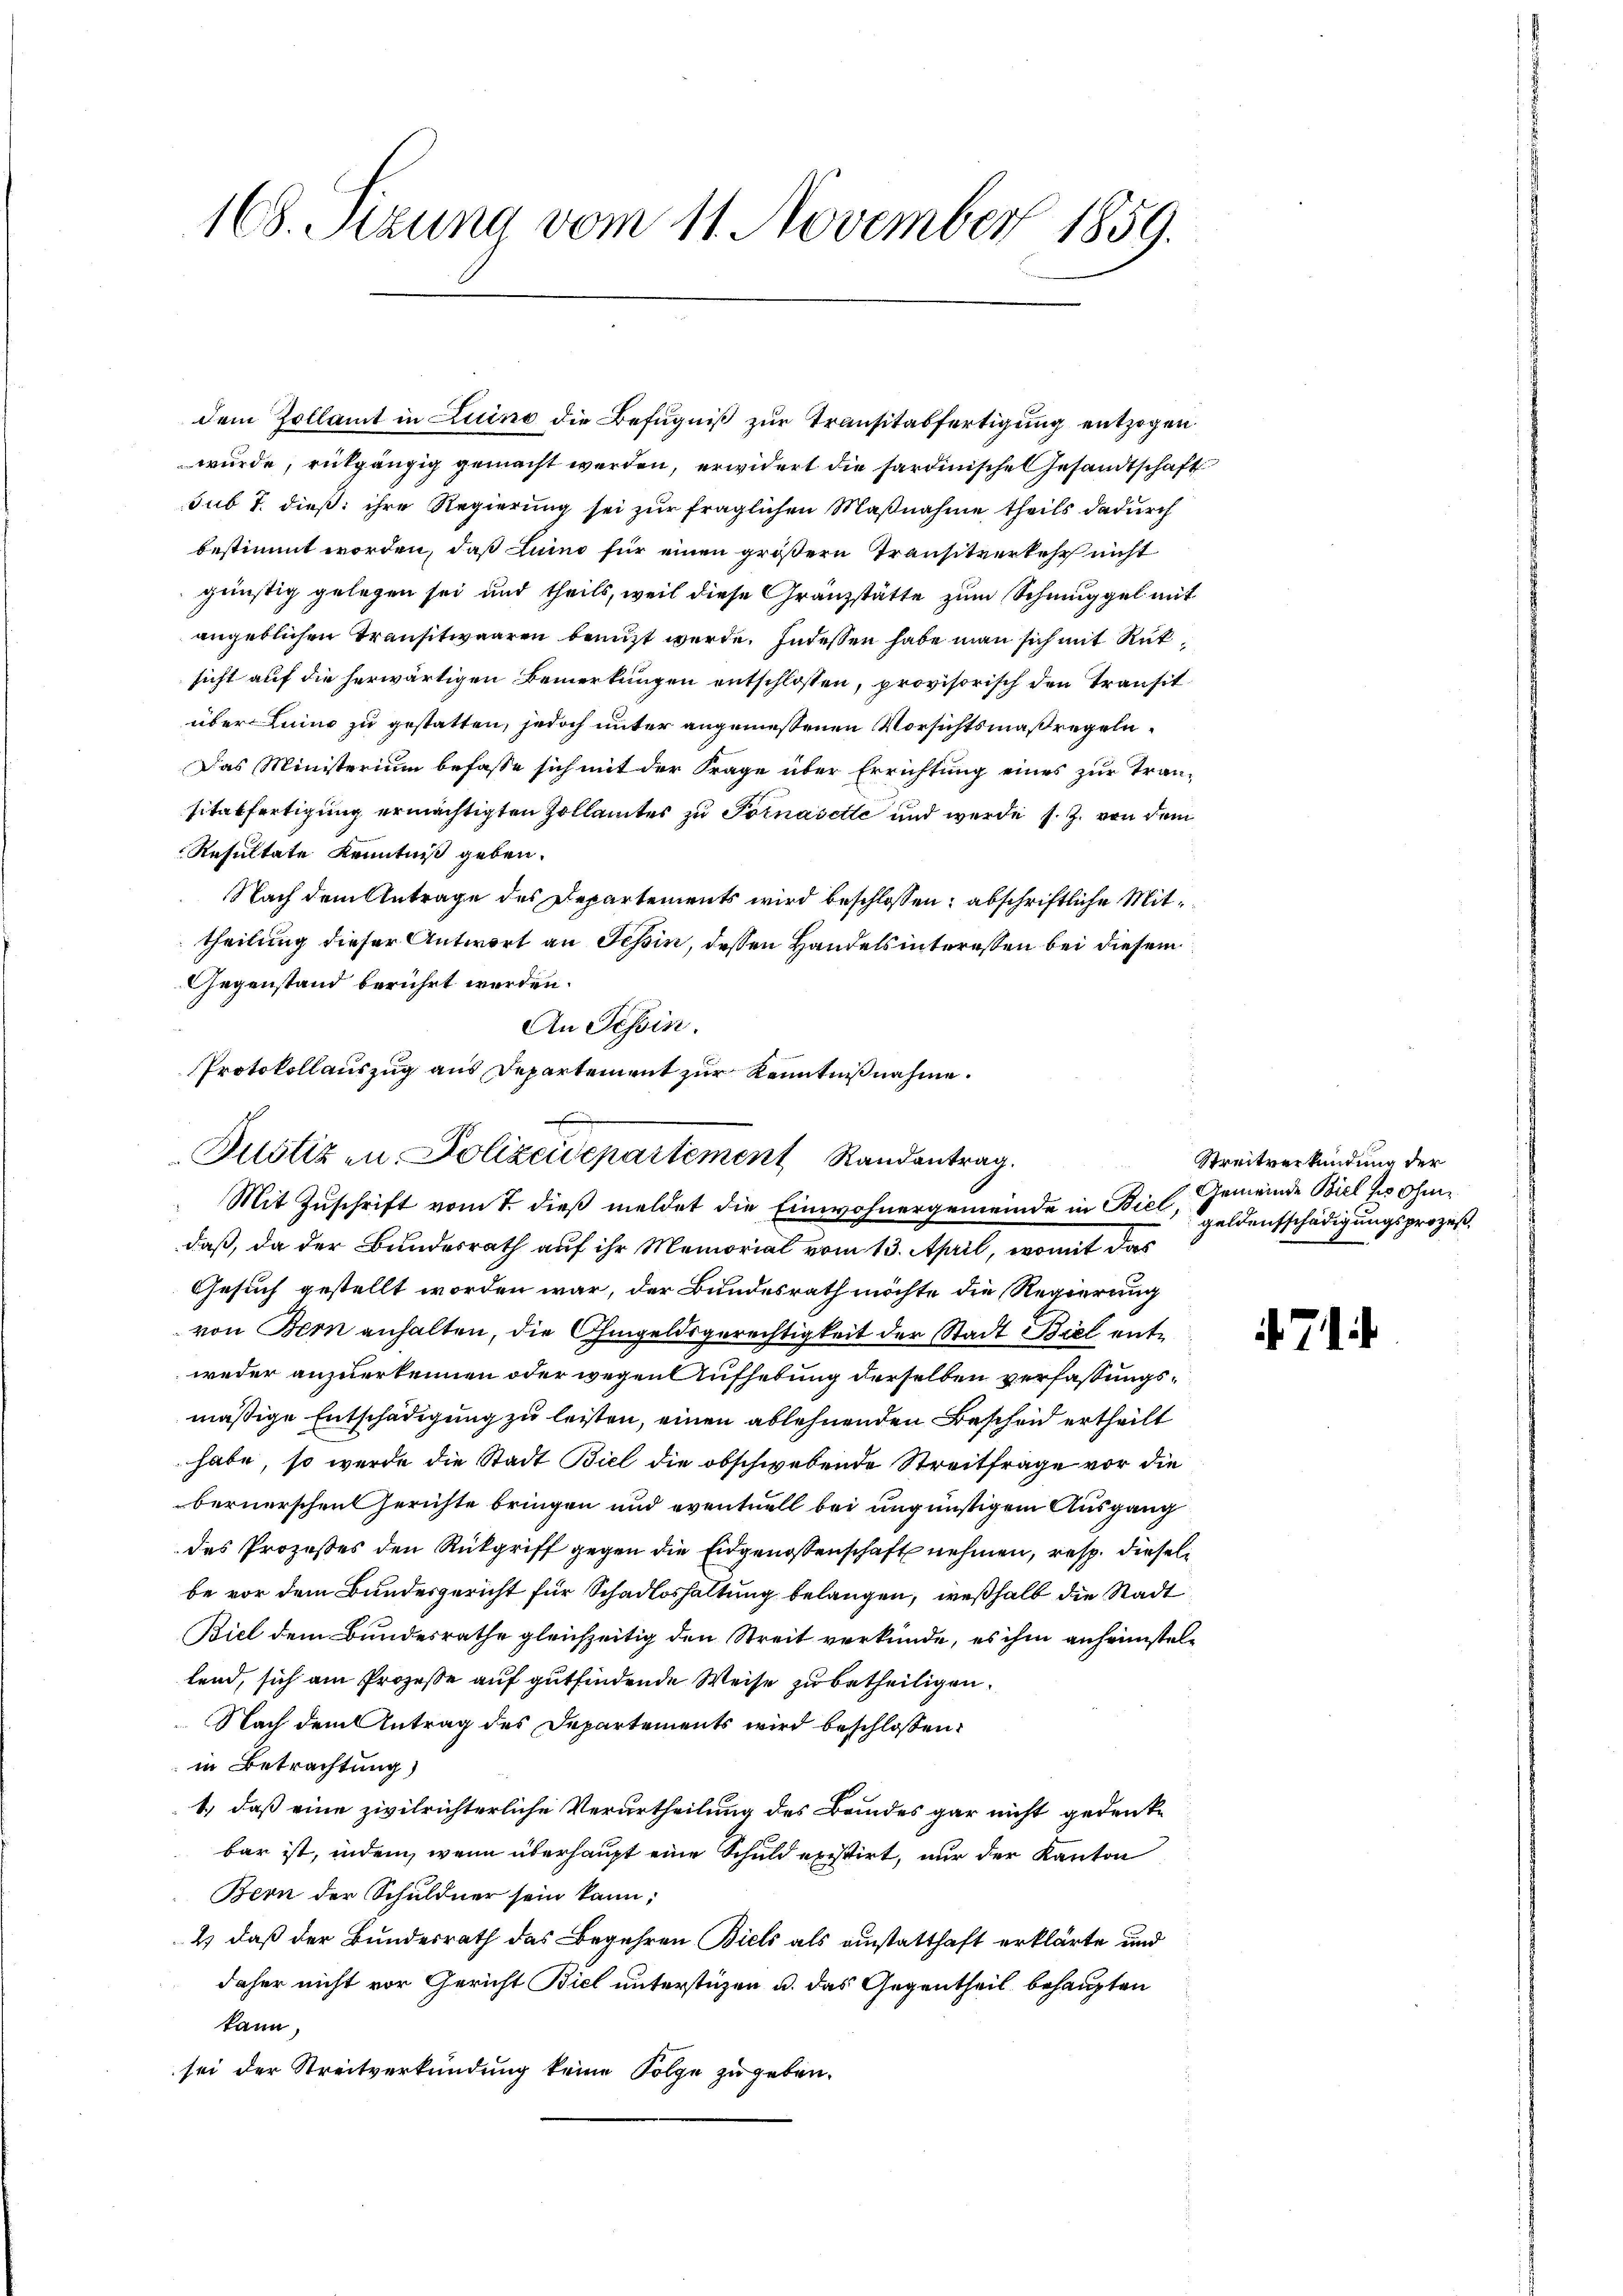
168. Sitzung vom 11. November 1859.

dem Zollamt in Luino die Befugniß zur Transitäsfertigung entzogen
wurde, rückgängig gemacht werden, erwidert die sardinische Gesandtschaft
sub 7. dieß: ihre Regierung sei zur fraglichen Maßnahme, theils dadurch
bestimmt worden, daß Luino für einen größern Transitverkehr nicht
günstig gelegen sei und theils, weil diese Gränzstätte zum Schmuggel mit
angeblichen Transitwaaren benuzt werde. Indessen habe man sich mit Rüksicht auf die herwärtigen Bemerkungen entschlossen, provisorisch den Transitüber Luino zu gestatten, jedoch unter angemessenen Vorsichtsmaßregeln¬
Das Ministerium befasse sich mit der Frage über Errichtung eines zur Transitatfertigung ermächtigten Zollamtes zu Fornasette und werde s. Z. von dem
Resultate Kenntniß geben.
Nach dem Antrage des Departements wird beschlossen; abschriftliche Mittheilung dieser Antwort an Tessin, dessen Handels interessen bei diesem
Gegenstand berührt werden.
An Tessin.
Protokollauszug aus Departement zur Kenntnißnahme.

Justiz in Polizeidepartement Randantrag.
Mit Zuschrift vom 7. dieß meldet die Einwohnergemeinde in Biel

daß, da der Bundesrath auf ihr Memorial vom 13. April, womit das
Gesuch gestellt worden war, der Bundesrath möchte die Regierung
von Bern anhalten, die Ohmgeldsgerechtigkeit der Stadt Biel entweder anzuerkennen oder wegen Aufhebung derselben verfassungsmäßige Entschädigung zu leisten, einen ablehnenden Bescheid ertheilt
habe, so wurde die Stadt Biel die obschwebende Streitfrage vor die
bernerschen Gerichte bringen und eventuell bei ungünstigem Ausgang
des Prozesses den Rückgriff gegen die Eidgenossenschaft nehmen, resp. dieselbe vor dem Bundesgericht für Schadloshaltung belangen, weßhalb die Stadt
Biel dem Bundesrathe gleichzeitig den Streit verkünde, es ihm anheimstellend, sich am Prozesse auf gutfindende Weise zu betheiligen.
Nach dem Antrag des Departements wird beschlossen:
in Betrachtung)
1.) daß eine zivilrichterliche Verurtheilung des Bundes gar nicht gedenke
bar ist, indem, wenn überhaupt eine Schuld existirt, nur der Kanton
Bern der Schuldner sein kann;
4 daß der Bundesrath das Begehren Biels als einstatthaft erklärte und
daher nicht vor Gericht Biel unterstüzen u. das Gegentheil behaupten
kann,
sei der Streitverkündung keine Folge zu geben.

Streitverkündung der
Gemeinde Biel so ohn
geldentschädigungsprozeß,

.7.1